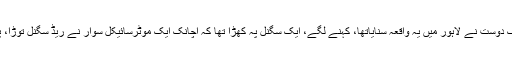
سبق پہ یاد آیا ، ایک اور سبق بھی لے لیں، ہمارے ایک دوست نے لاہور میں یہ واقعہ سنایاتھا، کہنے لگے، ایک سگنل پہ کھڑا تھا کہ اچانک ایک موٹرسائیکل سوار نے ریڈ سگنل توڑا، پیچھے سے 5 نے اس کی تقلید کی اور سگنل توڑ ڈالا۔